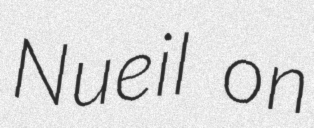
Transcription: Nueil on